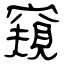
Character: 窺